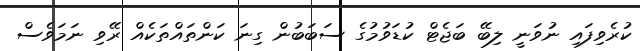
ކުރެވިފައި ނުވަނީ ލިބޭ ބަޖެޓް ކުޑަވުމުގެ ސަބަބުން ގިނަ ކަންތައްތަކެއް ރޭވި ނަމަވެސް